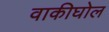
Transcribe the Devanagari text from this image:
वाकीघोल